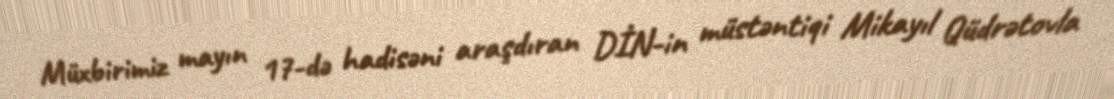
Müxbirimiz mayın 17-də hadisəni araşdıran DİN-in müstəntiqi Mikayıl Qüdrətovla